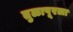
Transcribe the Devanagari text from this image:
तुळापूरला